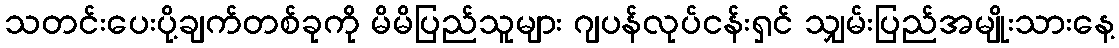
သတင်းပေးပို့ချက်တစ်ခုကို မိမိပြည်သူများ ဂျပန်လုပ်ငန်းရှင် သျှမ်းပြည်အမျိုးသားနေ့